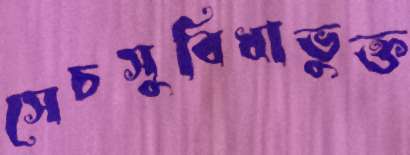
সেচসুবিধাভুক্ত